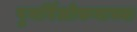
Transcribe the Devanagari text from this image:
पुनर्विलोकनाच्या